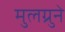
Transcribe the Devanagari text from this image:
मुलग्रुने